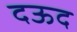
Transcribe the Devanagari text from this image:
दऊद